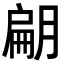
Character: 𭨿